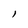
Character: 1